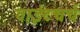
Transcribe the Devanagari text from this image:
वाईटचर्च